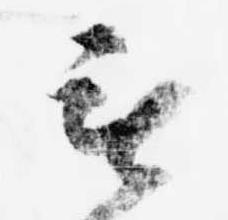
無